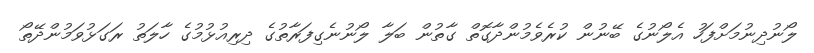
ލޯނުދިނުމަށްފަހު އެލޯނުގެ ބޭނުން ކުރެވެމުންދާގޮތް ގާތުން ބަލާ ލޯނުނެގިފަރާތުގެ ދިރިއުޅުމުގެ ހާލަތު ރަގަޅުވަމުންދޭތޯ